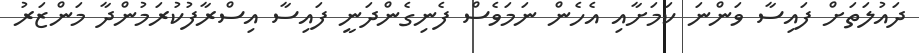
ދައުލަތަށް ފައިސާ ވަންނަ ކަމަށާއި އެހެން ނަމަވެސް ފެނިގެންދަނީ ފައިސާ އިސްރާފުކުރަމުންދާ މަންޒަރު